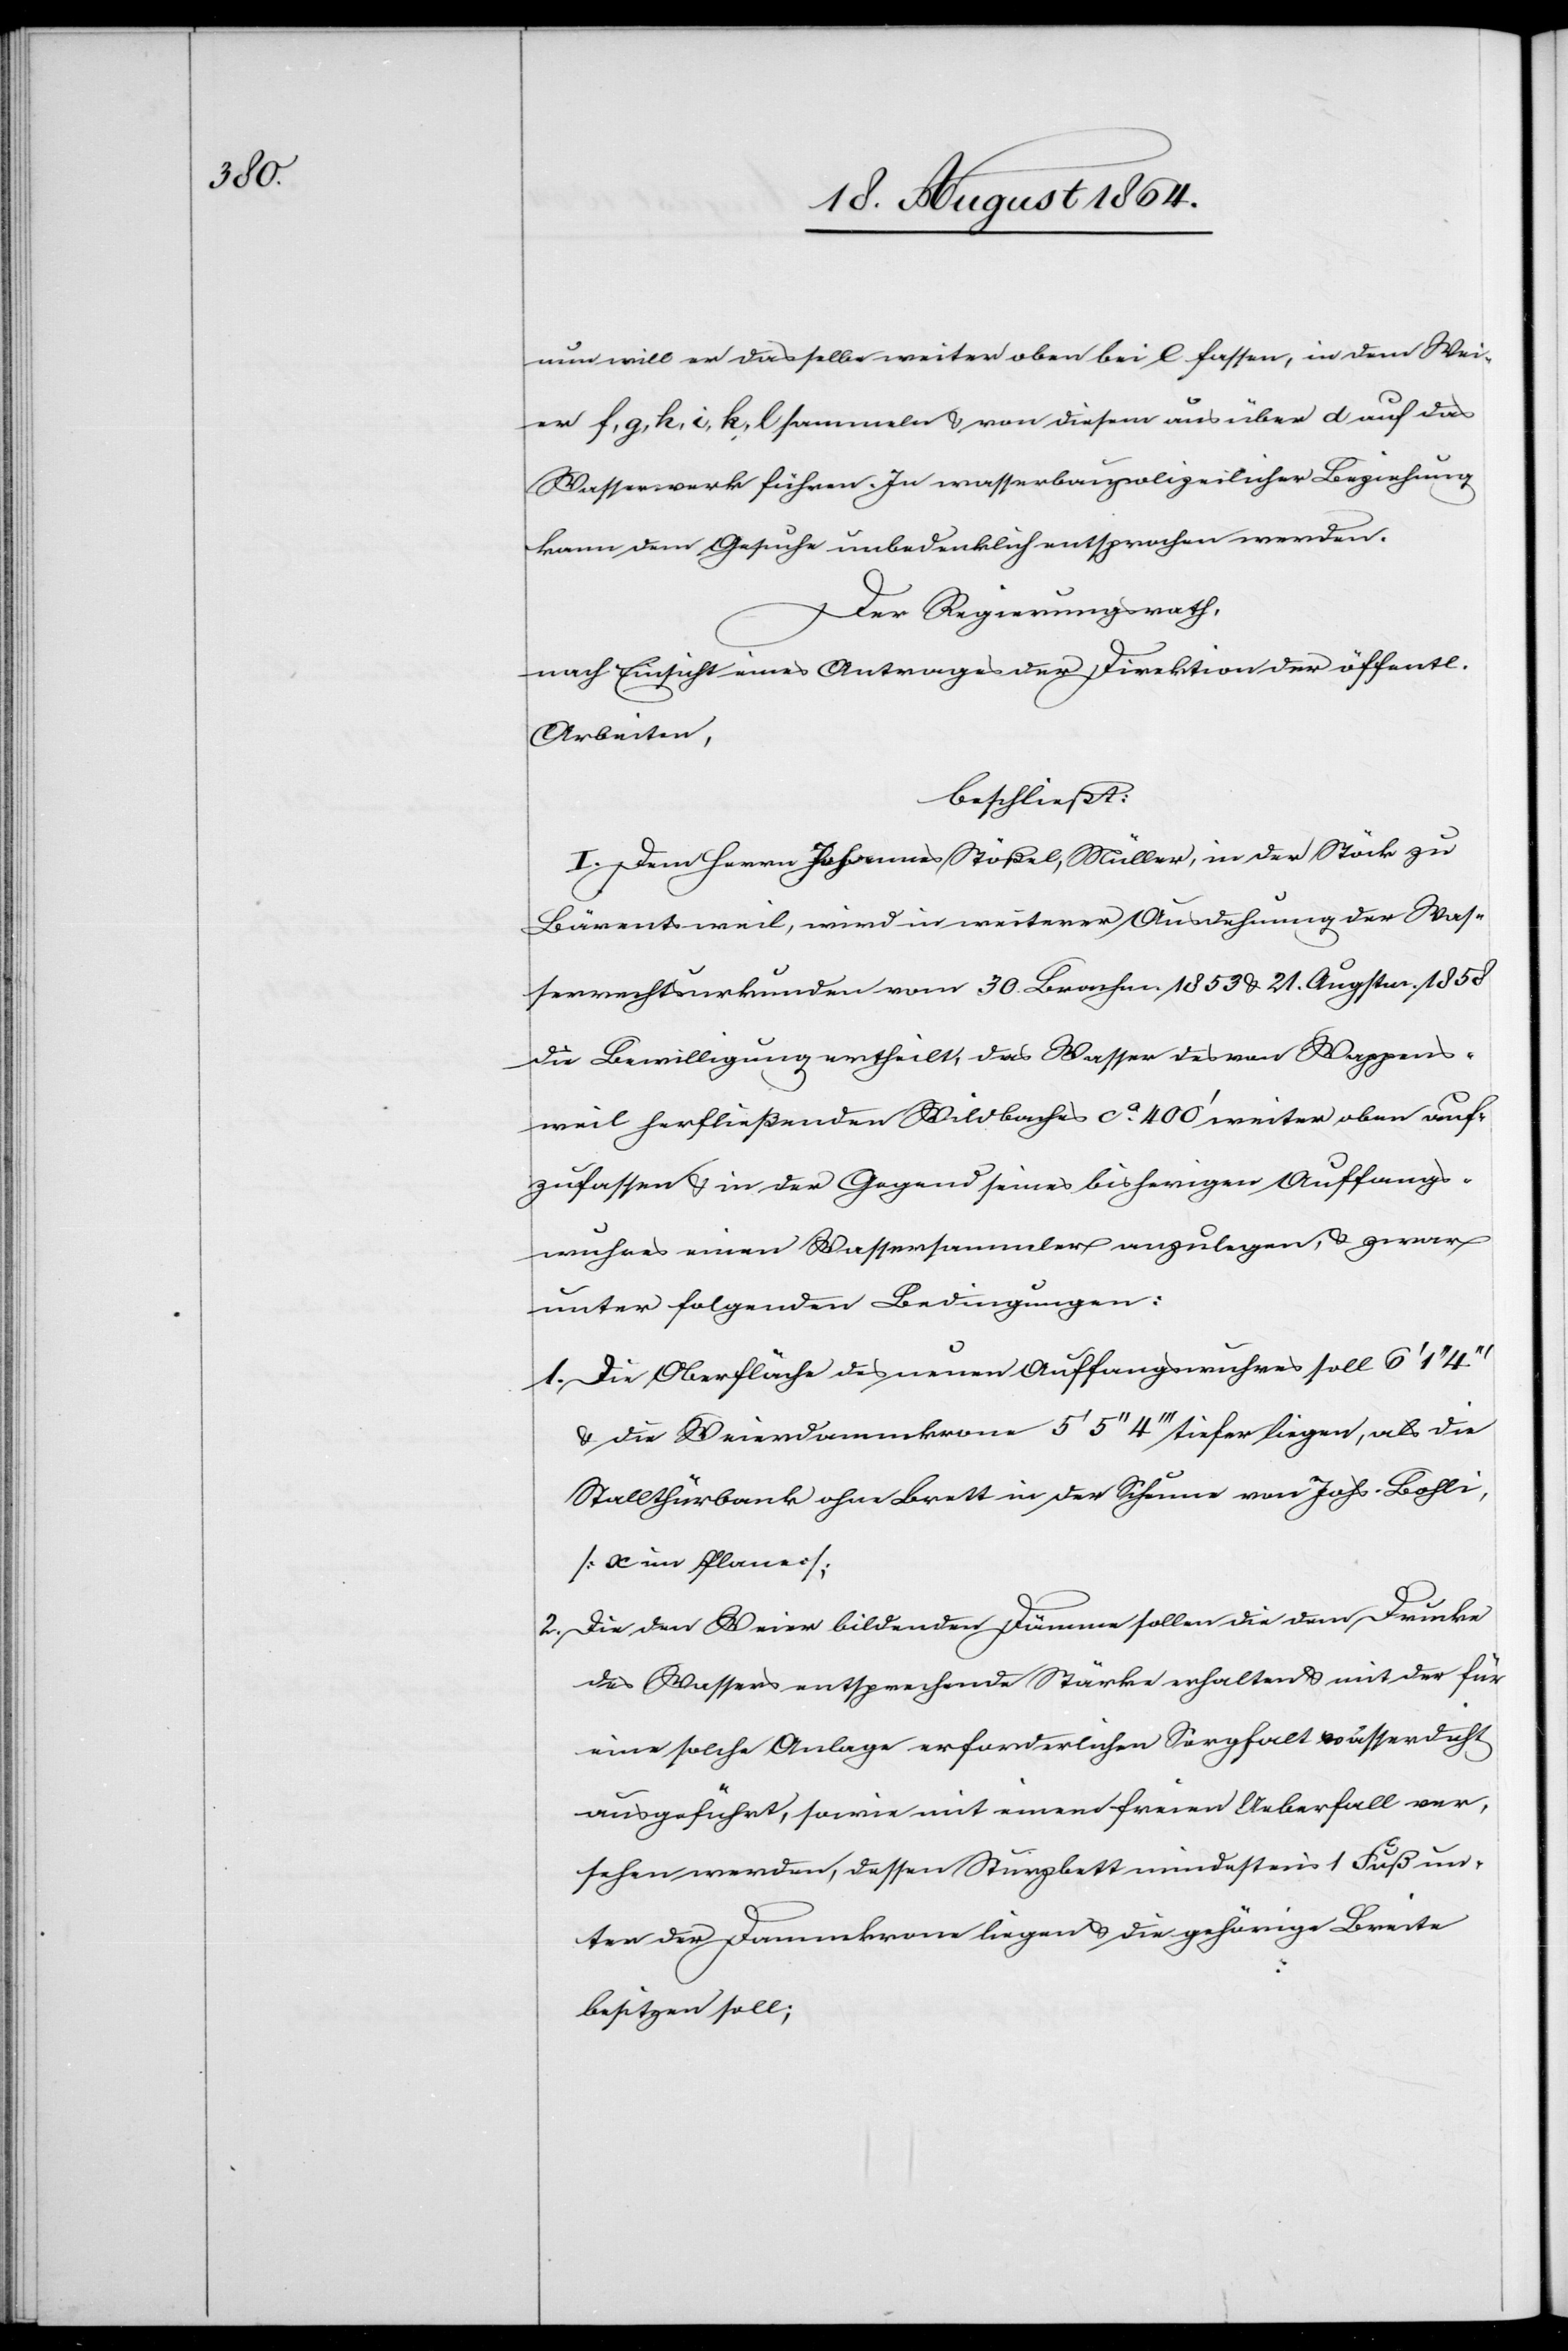
nun will er das selbe weiter oben bei e fassen, in dem Wei¬
er f, g, h, i, k, l sammeln & von diesem aus über d auf das
Wasserwerk führen. In wasserbaupolizeilicher Beziehung
kann dem Gesuche unbedenklich entsprochen werden.
Der Regierungsrath,
nach Einsicht eines Antrages der Direktion der öffentl.
Arbeiten,
beschließt:
I. Dem Herrn Johannes Stößel, Müller, in der Stöck zu
Bärentsweil, wird in weiterer Ausdehnung der Was¬
serrechtsurkunde vom 30. Brachm. 1853 & 21. Augstm. 1858
die Bewilligung ertheilt, das Wasser des von Wappens¬
weil herfließenden Wildbaches ca. 400’ weiter oben auf¬
zufassen & in der Gegend seines bisherigen Auffangs¬
wuhres einen Wassersammler anzulegen, & zwar
unter folgenden Bedingungen:
1.	Die Oberfläche des neuen Auffangswuhres soll 6’ 1’’
& die Weierdammkrone 5’ 5’’ 4’’’ tiefer liegen, als die
Stallthürbank ohne Brett in der Scheune von Johs. Bohli
[a im Plane].
2.	Die den Weier bildenden Dämme sollen die dem Drucke
des Wassers entsprechende Stärke erhalten & mit der für
eine solche Anlage erforderlichen Sorgfalt wasserdicht
ausgeführt, sowie mit einem freien Ueberfall ver¬
sehen werden, dessen Sturzbett mindestens 1 Fuß un¬
ter der Dammkrone liegen & die gehörige Breite
besitzen soll;